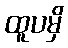
ထူပမှိ